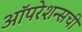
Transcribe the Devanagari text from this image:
ऑपरेशन्सची